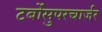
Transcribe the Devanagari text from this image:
टर्बोसुपरचार्जर